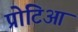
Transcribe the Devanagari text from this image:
प्रोटिआ